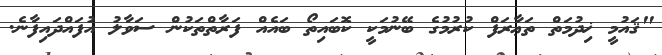
"ޤައުމީ ޚިދުމަތް ތަޢާރަފް ކުރުމުގެ ބޭނުމަކީ ކޮބައިތޯ ބައެއް ފަރާތްތަކުން ސަވާލު އުފައްދައިފާނެ.